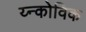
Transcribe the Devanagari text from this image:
य्न्कोविक